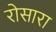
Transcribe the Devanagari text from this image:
रोसारा